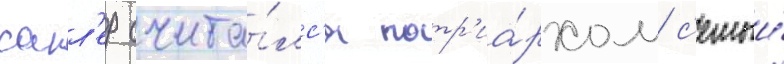
сакл'ер счита́лс'я патр'иа́рхом с'емьи́